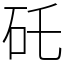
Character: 矺